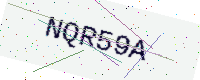
Text: NQR59A